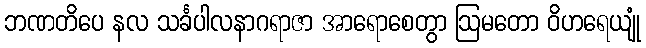
ဘဏတိပေ နလ သင်္ခပါလနာဂရာဇာ အာရောစေတွာ ဩမတော ဝိဟရေယျုံ